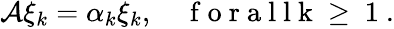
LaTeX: \begin{array}{r}{\mathcal{A}\xi_{k}=\alpha_{k}\xi_{k},\quad\mathrm{~f~o~r~a~l~l~k~\geq~1~}.}\end{array}